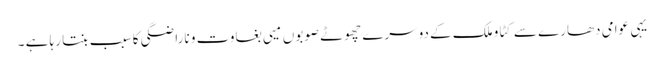
یہی عوامی دھارے سے کٹاو ملک کے دوسرے چھوٹے صوبوں میی بغاوت و ناراضگی کا سبب بنتا رہا ہے ۔